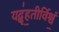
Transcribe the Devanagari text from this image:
यद्बृ॑ह॒तीर्विश्वं॒